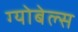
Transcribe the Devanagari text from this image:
ग्योबेल्स